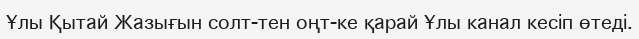
Ұлы Қытай Жазығын солт-тен оңт-ке қарай Ұлы канал кесіп өтеді.